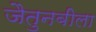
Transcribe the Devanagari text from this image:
जैतुनबीला